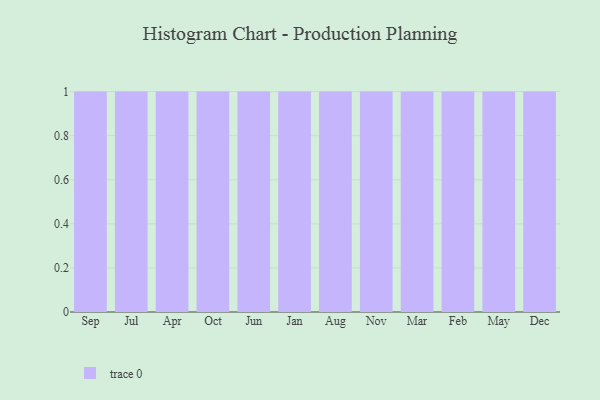
{"axis": {"x": "Month", "y": "Demand Index"}, "legend": [""], "data": [{"x": "Sep", "y": 95, "type": ""}, {"x": "Jul", "y": 2, "type": ""}, {"x": "Apr", "y": 72, "type": ""}, {"x": "Oct", "y": 14, "type": ""}, {"x": "Jun", "y": 84, "type": ""}, {"x": "Jan", "y": 70, "type": ""}, {"x": "Aug", "y": 32, "type": ""}, {"x": "Nov", "y": 92, "type": ""}, {"x": "Mar", "y": 34, "type": ""}, {"x": "Feb", "y": 22, "type": ""}, {"x": "May", "y": 59, "type": ""}, {"x": "Dec", "y": 92, "type": ""}]}